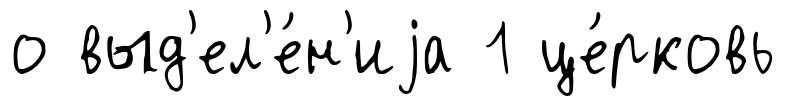
о выд'ел'е́н'иjа 1 це́рковь